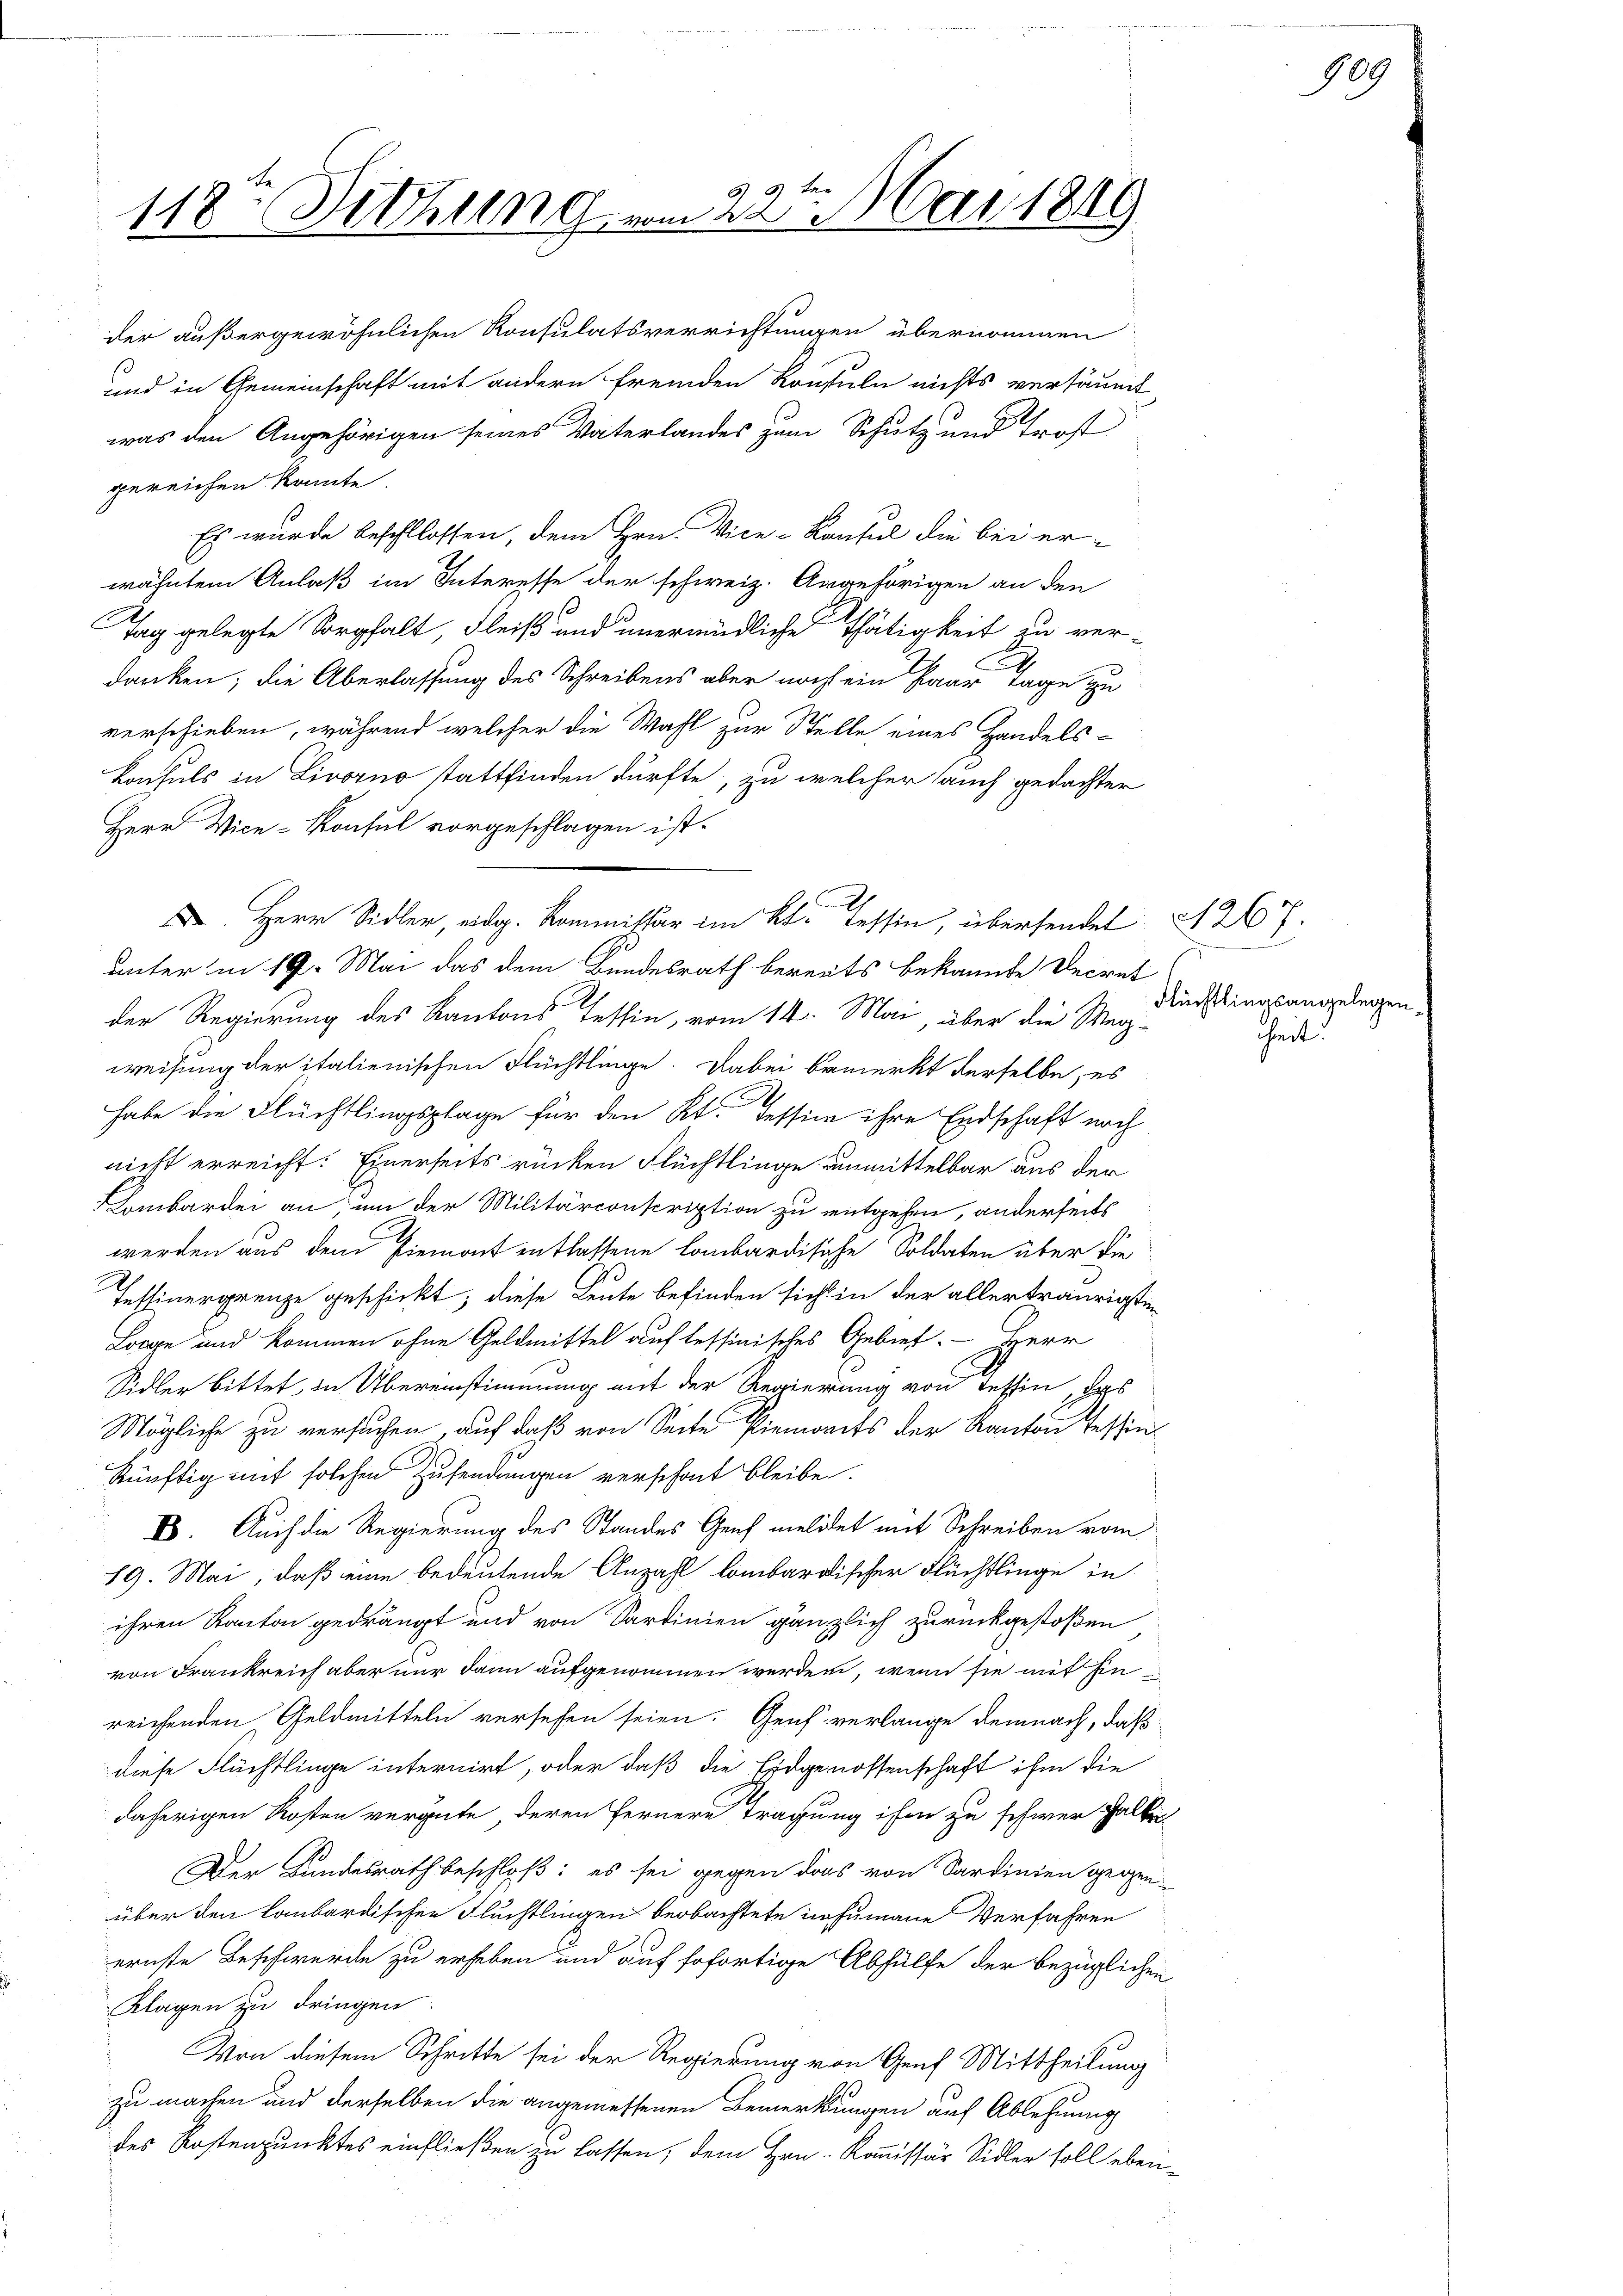
G 9
118: Dittung vom 22. Mai 1849

der außergewöhnlichen Konsulatsverrichtungen übernommen
und in Gemeinschaft mit andern fremden Konsuln nichts versäumt,
was den Angehörigen seines Vaterlandes zum Schutz und trost
gereichen könnte.
Es wurde beschlossen, dem Hrn. Vice-Konsul die bei er-

wähnten Anlaß im Interesse der schweiz. Angehörigen an den
Tag gelegte Sorgfalt, Fleiß und unermüdliche Thätigkeit zu ver-
danken; die Überlassung des Schreibens aber noch ein Paar Tage zu
verschieben, während welcher die Wahl zur Stelle eines Handels-
Konsuls in Livorno stattfinden dürfte, zu welcher auch gedachter
Herr Vice-Konsul vorgeschlagen ist.
 Herr Sidler, eidg. Kommissär im Kt. Tessin, übersendet § 267.
unter in 19. Mai das dem Bundesrath bereits bekannte Decret
der Regierung des Kantons Tessin, vom 14. Mai, über die Weg-
weisung der italienischen Flüchtlinge. Dabei bemerkt derselbe, es
.
habe die Flüchtlingsplage für den Kt. Tessin ihre Endschaft noch
nicht erreicht. Einerseits rücken Flüchtlinge unmittelbar aus der
ombardei an, um der Militärconscription zu entgehen, anderseits
werden aus dem Piemont entlassene lombardisiche Soldaten über die
Tessinergrenze geschickt, diese Leute befinden sicht in der allertraurigsten
Lorge und kommen ohne Geldmittel auf lessinisches Gebiet. - Herr
Sidler bittet, in Übereinstimmung auf der Regierung von Tessin, das
Mögliche zu versuchen, auf daß von Seite Piemonts der Kanton Tessinkünftig mit solchen Zusendungen verschont bleibe.
E. Auch die Regierung des Standes Genf meldet mit Schreiben vom
19. Mai, daß eine bedeutende Anzahl lombardischer Flüchtlinge in
ihren Kanton gedrängt und von Sartinien gänzlich zurückgestoßen
von Frankreich aber nur dann aufgenommen werden, wenn sie mit hie
reichenden Geldmitteln versehen seien. Genf verlange demnach, daß
diese Flüchtlinge internirt, oder daß die Eidgenossenschaft ihm die
daherigen Kosten vergüte, deren Fernere Tragung ihm zu schwer Gallei
Der Bundesrath beschloß: es sei gegen das von Sardinien gegen-
über den lombardischen Flüchtlingen beobachtete in Humane Verfahren
ernste Beschwerde zu erheben und auf sofortige Abhülfe der bezüglichen
Klagen zu dringen
Von diesem Schritte sei der Regierung von Genf Mittheilung
zu machen und derselben die angemessenen Bemerkungen auf Ablehnung
des Kostenpunktes einfließen zu lassen, dem Hrn. Kommissär Sidler soll eben¬

989

Flüchtlingsangelegen
heit.